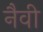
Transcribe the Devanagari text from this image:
नैवी